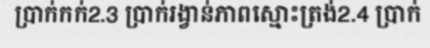
ប្រាក់កក់2.3 ប្រាក់រង្វាន់ភាពស្មោះត្រង់2.4 ប្រាក់